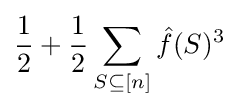
{\frac {1}{2}}+{\frac {1}{2}}\sum _{S\subseteq [n]}{\hat {f}}(S)^{3}